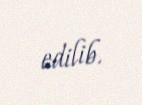
edilib.